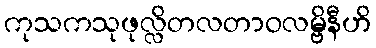
ကုသကသုဖုလ္လိတလတာဝလမ္ဗိနီဟိ